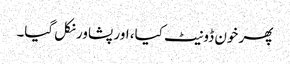
پھر خون ڈونیٹ کیا، اور پشاور نکل گیا۔